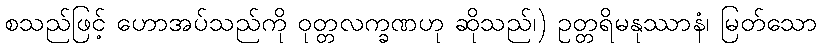
စသည်ဖြင့် ဟောအပ်သည်ကို ဝုတ္တလက္ခဏဟု ဆိုသည်၊) ဥတ္တရိမနုဿာနံ၊ မြတ်သော